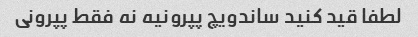
لطفا قید کنید ساندویچ پپرونیه نه فقط پپرونی